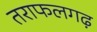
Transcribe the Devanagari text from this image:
तराफलगढ़